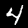
Label: 4